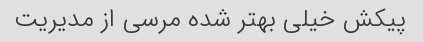
پیکش خیلی بهتر شده مرسی از مدیریت